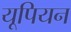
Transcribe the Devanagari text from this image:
यूपियन